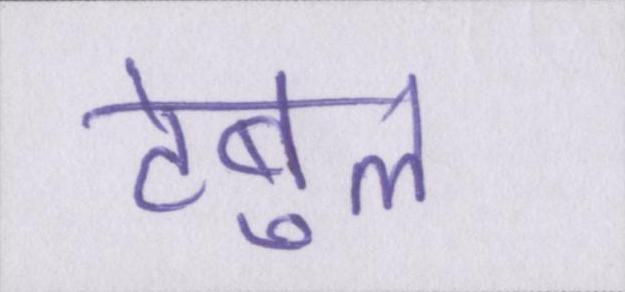
टेबुल